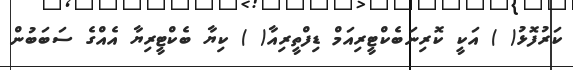
ކަރުފޮޅު( ) އަކީ ކޮރިނަބެކްޓީރިއަމް ޑިފްތީރިއާ( ) ކިޔާ ބެކްޓީރިޔާ އެއްގެ ސަބަބުން